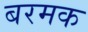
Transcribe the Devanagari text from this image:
बरमक